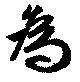
爲